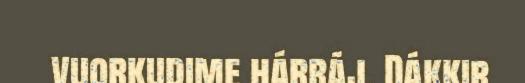
vuorkudime hárráj. Dákkir